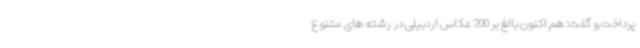
پرداخت و گفت: هم اکنون بالغ بر 200 عکاس اردبیلی در رشته های متنوع